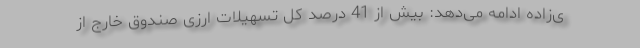
ی‌زاده ادامه می‌دهد: بیش از 41 درصد كل تسهیلات ارزی صندوق خارج از